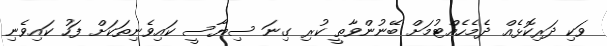
ވަކި ދަރިކޮޅެއް ދެމެހެއްޓުމަށް ބޭނުންވާތީ ކުރި ގިނަ ސިޔާސީ ކައިވެނިތަކަށް ފަހު ކައިވެނި